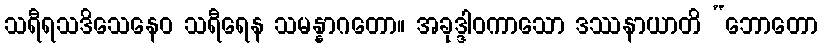
သရီရသဒိသေနေဝ သရီရေန သမန္နာဂတော။ အခုဒ္ဒါဝကာသော ဒဿနာယာတိ “ဘောတော